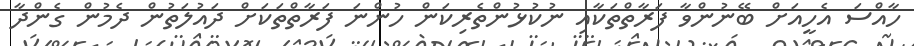
ހާއްސަ އެހީއަށް ބޭނުންވާ ފަރާތްތަކާއި ނުކުޅުންތެރިކަން ހުންނަ ފަރާތްތަކަށް ދައުލަތުން ދެމުން ގެންދާ